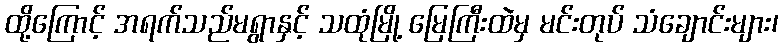
ထို့ကြောင့် အရက်သည်မရွာနှင့် သထုံမြို့ မြေကြီးထဲမှ မင်းတုပ် သံချောင်းများ၊